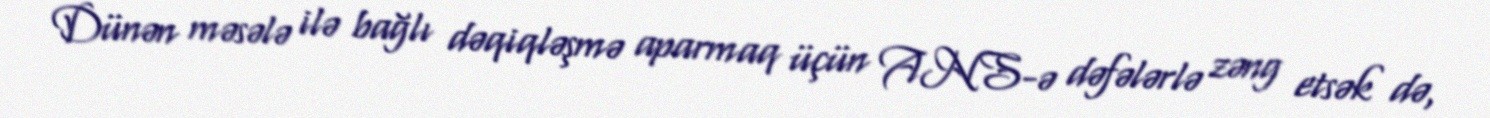
Dünən məsələ ilə bağlı dəqiqləşmə aparmaq üçün ANS-ə dəfələrlə zəng etsək də,